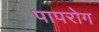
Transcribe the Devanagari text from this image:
पापरोग